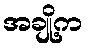
အချို့က